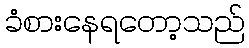
ခံစားနေရတော့သည်